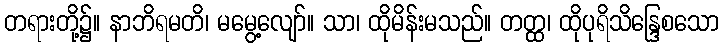
တရားတို့၌။ နာဘိရမတိ၊ မမွေ့လျော်။ သာ၊ ထိုမိန်းမသည်။ တတ္ထ၊ ထိုပုရိသိန္ဒြေစသော